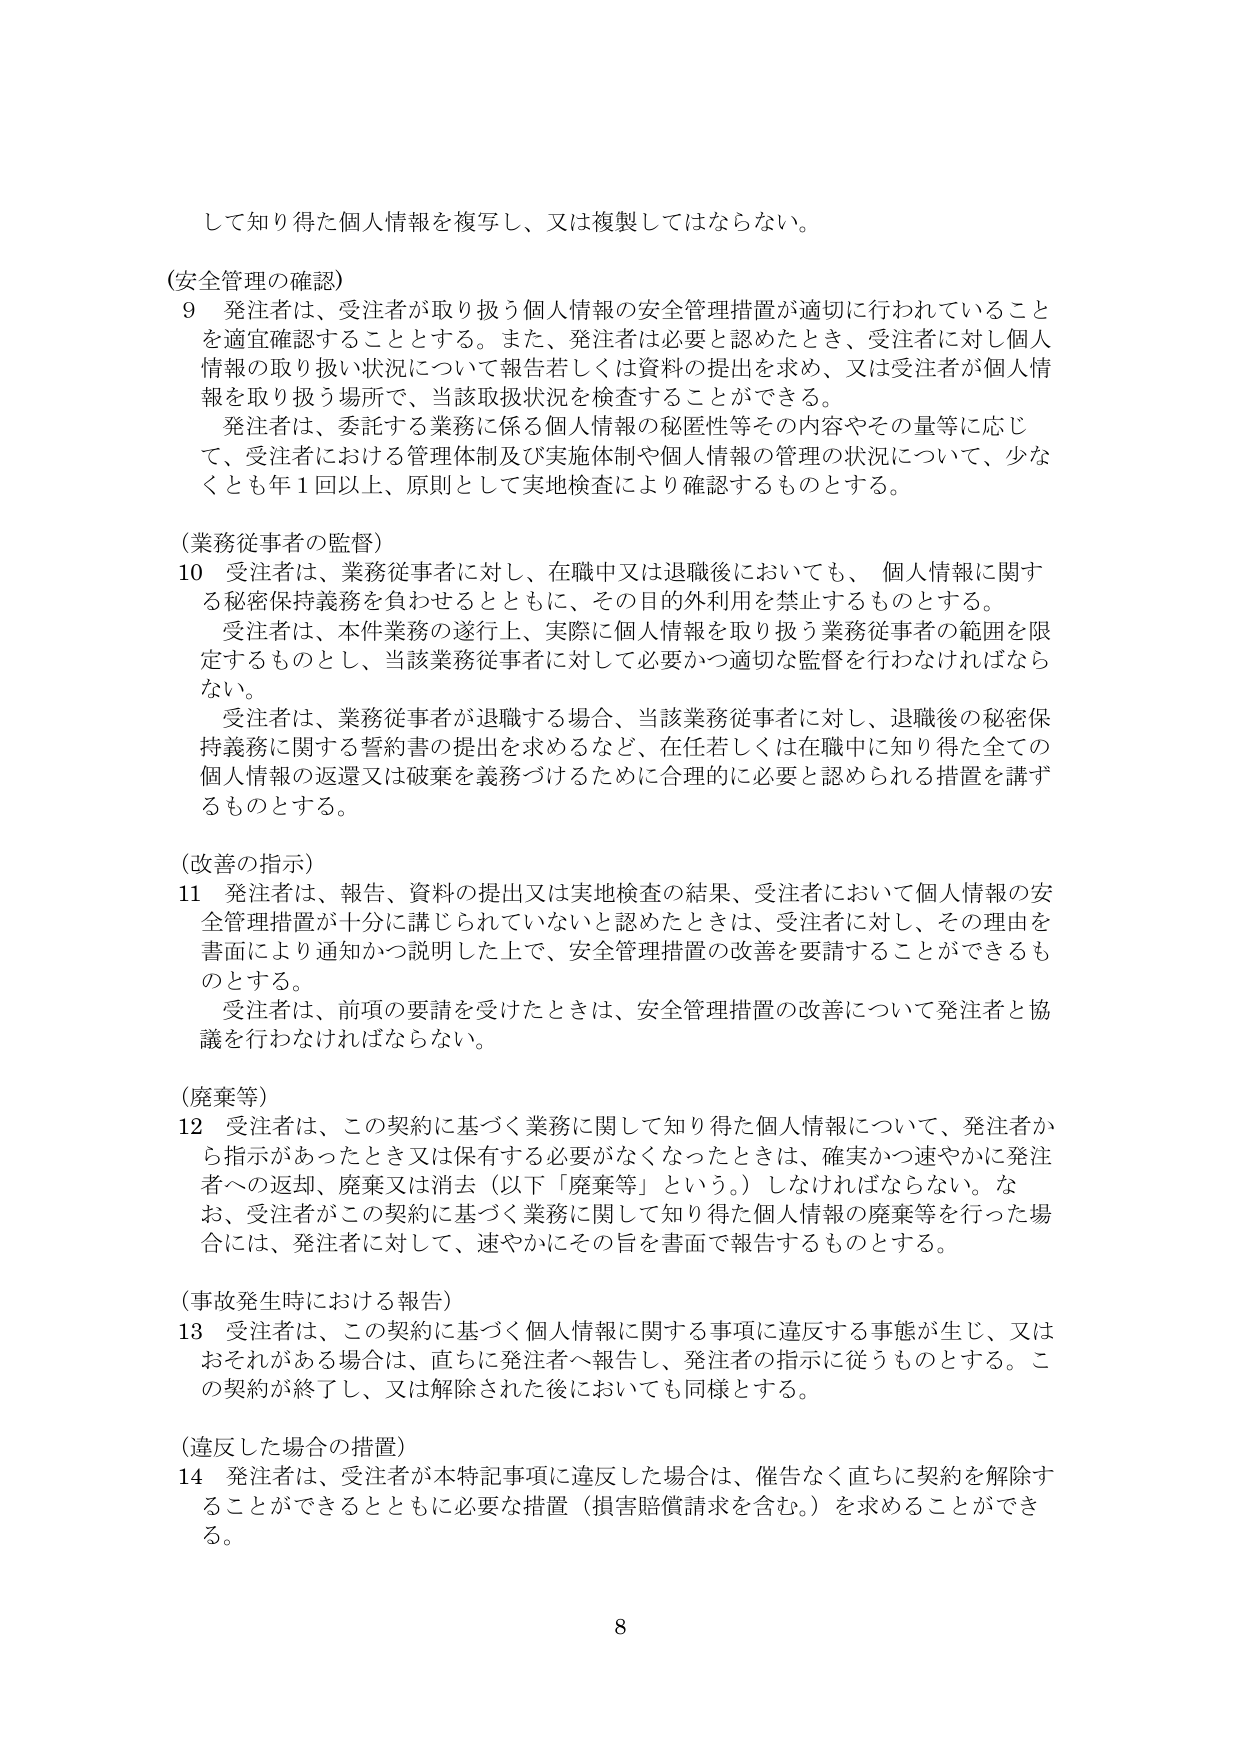
して知り得た個人情報を複写し、又は複製してはならない。

(安全管理の確認)
9 発注者は、受注者が取り扱う個人情報の安全管理措置が適切に行われていることを適宜確認することとする。また、発注者は必要と認めたとき、受注者に対し個人情報の取り扱い状況について報告若しくは資料の提出を求め、又は受注者が個人情報を取り扱う場所で、当該取扱状況を検査することができる。
発注者は、委託する業務に係る個人情報の秘匿性等その内容やその量等に応じて、受注者における管理体制及び実施体制や個人情報の管理の状況について、少なくとも年1回以上、原則として実地検査により確認するものとする。

(業務従事者の監督)
10 受注者は、業務従事者に対し、在職中又は退職後においても、個人情報に関する秘密保持義務を負わせるとともに、その目的外利用を禁止するものとする。
受注者は、本件業務の遂行上、実際に個人情報を取り扱う業務従事者の範囲を限定するものとし、当該業務従事者に対して必要かつ適切な監督を行わなければならない。
受注者は、業務従事者が退職する場合、当該業務従事者に対し、退職後の秘密保持義務に関する誓約書の提出を求めるなど、在任若しくは在職中に知り得た全ての個人情報の返還又は破棄を義務づけるために合理的に必要と認められる措置を講ずるものとする。

(改善の指示)
11 発注者は、報告、資料の提出又は実地検査の結果、受注者において個人情報の安全管理措置が十分に講じられていないと認めたときは、受注者に対し、その理由を書面により通知かつ説明した上で、安全管理措置の改善を要請することができるものとする。
受注者は、前項の要請を受けたときは、安全管理措置の改善について発注者と協議を行わなければならない。

(廃棄等)
12 受注者は、この契約に基づく業務に関して知り得た個人情報について、発注者から指示があったとき又は保有する必要がなくなったときは、確実かつ速やかに発注者への返却、廃棄又は消去（以下「廃棄等」という。）しなければならない。なお、受注者がこの契約に基づく業務に関して知り得た個人情報の廃棄等を行った場合には、発注者に対して、速やかにその旨を書面で報告するものとする。

(事故発生時における報告)
13 受注者は、この契約に基づく個人情報に関する事項に違反する事態が生じ、又はおそれがある場合は、直ちに発注者へ報告し、発注者の指示に従うものとする。この契約が終了し、又は解除された後においても同様とする。

(違反した場合の措置)
14 発注者は、受注者が本特記事項に違反した場合は、催告なく直ちに契約を解除することができるとともに必要な措置（損害賠償請求を含む。）を求めることができる。

8